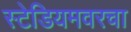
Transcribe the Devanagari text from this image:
स्टेडियमवरचा